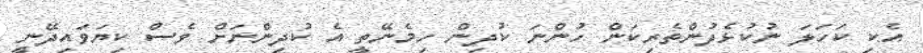
އެކި ކަހަލަ ނުކުޅެދުންތެރިކަން ހުންނަ ކުދިން ހިމެނޭތީ އެ ކުދިންނަށް ވެސް ކިޔަވައިދޭނީ